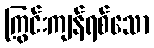
ကြွင်းကျန်ရစ်သော